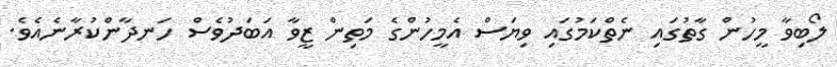
ލޯބިވާ މީހުން ގާތުގައި ނެތްކަމުގައި ވިޔަސް އެމީހުންގެ މަތިން ޒީވާ އަބަދުވެސް ހަނދާންކުރާނެއެވެ.